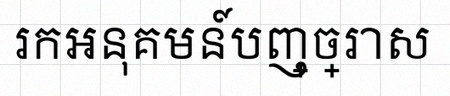
រកអនុគមន៍បញ្ច្រាស